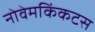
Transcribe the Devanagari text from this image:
नोवेमकिंकटस